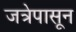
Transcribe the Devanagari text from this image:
जत्रेपासून